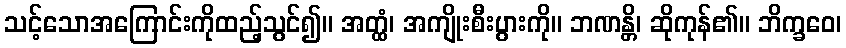
သင့်သောအကြောင်းကိုထည့်သွင်၍။ အတ္ထံ၊ အကျိုးစီးပွားကို။ ဘဏန္တိ၊ ဆိုကုန်၏။ ဘိက္ခဝေ၊